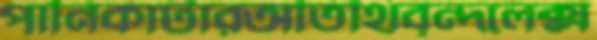
পানিকাটারঅতিথিবৃন্দলেক্স